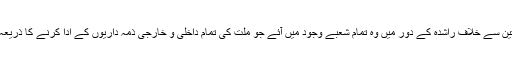
انہی تین سے خلاف راشدہ کے دور میں وہ تمام شعبے وجود میں آئے جو ملت کی تمام داخلی و خارجی ذمہ داریوں کے ادا کرنے کا ذریعہ بنے۔